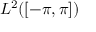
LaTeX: L ^ { 2 } ( \left[ - \pi , \pi \right] )